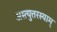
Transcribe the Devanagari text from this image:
अस्त्युत्तरस्याम्